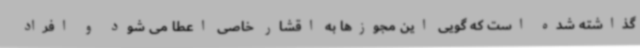
گذاشته شده است که گویی این مجوزها به اقشار خاصی اعطا می شود و افراد